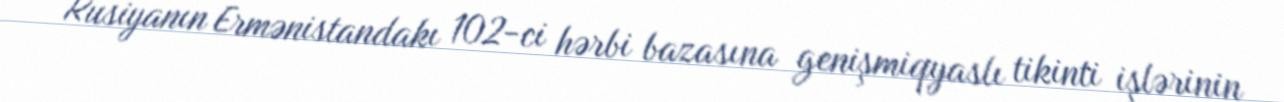
Rusiyanın Ermənistandakı 102-ci hərbi bazasına genişmiqyaslı tikinti işlərinin